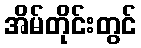
အိမ်တိုင်းတွင်